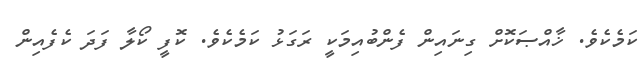
ކަމެކެވެ. ޚާއްޞަކޮށް ގިނައިން ފެންބުއިމަކީ ރަގަޅު ކަމެކެވެ. ކޮފީ ކޯލާ ފަދަ ކެފެއިން